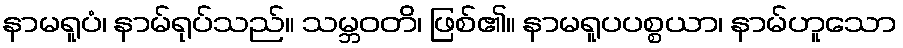
နာမရူပံ၊ နာမ်ရုပ်သည်။ သမ္ဘဝတိ၊ ဖြစ်၏။ နာမရူပပစ္စယာ၊ နာမ်ဟူသော